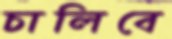
চালিবে